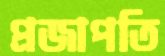
প্রজাপতি